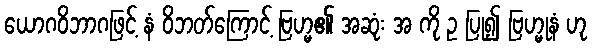
ယောဂဝိဘာဂဖြင့် နံ ဝိဘတ်ကြောင့် ဗြဟ္မ၏ အဆုံး အ ကို ဥ ပြု၍ ဗြဟ္မုနံ ဟု